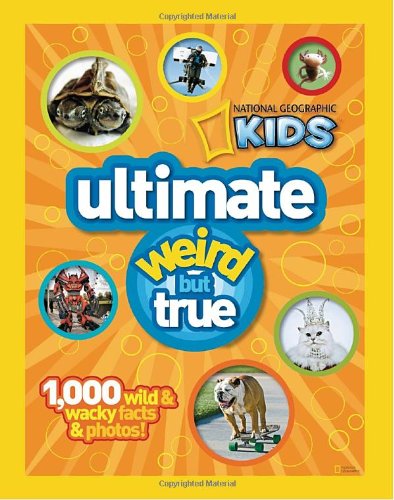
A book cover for National Geographic Kids Ultimate Weird but True: 1,000 Wild & Wacky Facts and Photos; National Geographic; Children's Books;